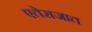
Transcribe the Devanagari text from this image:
एतेराजात